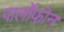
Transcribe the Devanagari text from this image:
पार्लोफ़ोन